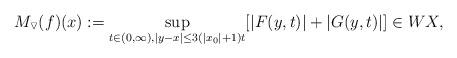
LaTeX: \begin{align*}M_\triangledown(f)(x):=\sup_{t\in(0,\infty),|y-x|\le3(|x_0|+1)t}[|F(y,t)|+|G(y,t)|]\in WX,\end{align*}